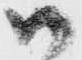
御